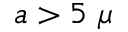
a > 5 \ \mu